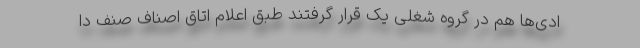
ادی‌ها هم در گروه شغلی یک قرار گرفتند طبق اعلام اتاق اصناف صنف دا